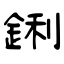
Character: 鋓